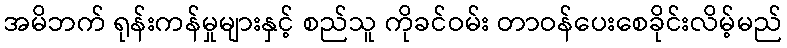
အမိဘက် ရုန်းကန်မှုများနှင့် စည်သူ ကိုခင်ဝမ်း တာဝန်ပေးစေခိုင်းလိမ့်မည်